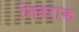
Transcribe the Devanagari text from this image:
शिवराक